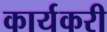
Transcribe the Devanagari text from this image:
कार्यकरी